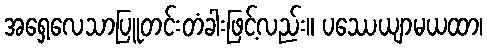
အရှေ့လေသာပြူတင်းတံခါးဖြင့်လည်း။ ပဿေယျာမယထာ၊